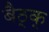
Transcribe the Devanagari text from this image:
बैठ्क्